Insane asylums in Bengal annual reports 1867-1875 - 1867-1875
Year: 1867
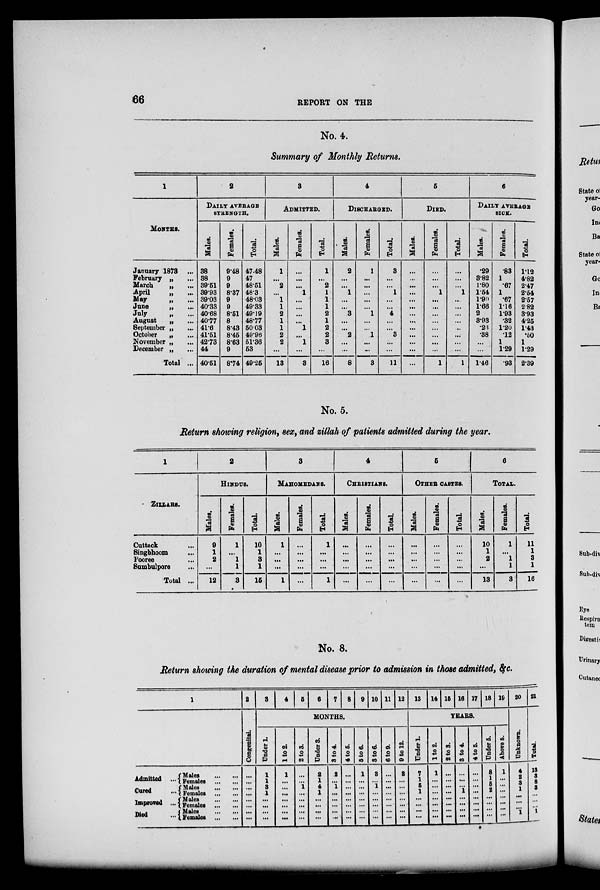
66
REPORT ON THE
No. 4.
Summary of Monthly Returns.
1
MONTHS.
January 1873 ...
February „ ...
March
„ ...
April
„ ...
May
„ ...
June
„ ...
July
„ ...
August
„ ...
September „ ...
October
„
...
November „ ...
December „
...
Total ...
2
DAILY AVERAGE
STRENGTH.
Males.
38
38
39.51
30.93
39.03
40.33
40.68
40.77
41.6
41.51
42.73
44
40.51
Females.
9.48
9
9
8.37
9
9
8.51
8
8.43
8.45
8.63
9
8.74
Total.
47.48
47
48.51
48.3
48.03
49.33
49.19
48.77
50.03
49.96
51.36
53
49.25
3
ADMITTED.
Males.
1
...
2
...
1
1
2
1
1
2
2
...
13
Females.
...
...
...
1
...
...
...
...
1
...
1
...
3
Total.
1
...
2
1
1
1
2
1
2
2
3
...
16
4
DISCHARGED.
Males.
2
...
...
1
...
...
3
...
...
2
...
...
8
Females.
1
...
...
...
...
...
1
...
...
1
...
...
3
Total.
3
...
...
1
...
...
4
...
...
3
...
...
11
5
DIED.
Males.
...
...
...
...
...
...
...
...
...
...
...
...
...
Females.
...
...
...
1
...
...
...
...
...
...
...
...
1
Total.
...
...
...
1
...
...
...
...
...
...
...
...
1
6
DAILY AVERAGE
SICK.
Males.
.29
3.82
1.80
1.54
1.90
1.66
2
3.93
.23
.38
...
...
1.46
Females.
.83
1
.67
1
.67
1.16
1.93
.32
1.20
.12
1
1.29
.93
Total.
1.12
4.82
2.47
2.54
2.57
2.82
3.93
4.25
1.43
.50
1
1.29
2.39
No. 5.
Return showing religion, sex, and zillah of patients admitted during the year.
1
ZILLAHS.
Cuttack ...
Singbhoom ...
Pooree ...
Sumbulpore
...
Total ...
2
HINDUS.
Males.
9
1
2
...
12
Females.
1
...
1
1
3
Total.
10
1
3
1
15
3
MAHOMEDANS.
Males.
1
...
...
...
1
Females.
...
...
...
...
...
Total.
1
...
...
...
1
4
CHRISTIANS.
Males.
...
...
...
...
...
Females.
...
...
...
...
...
Total.
....
...
...
...
...
5
OTHER CASTES.
Males.
...
...
...
...
...
Females.
...
...
...
...
...
Total
...
...
...
...
...
6
TOTAL.
Males.
10
1
2
...
13
Females.
1
...
1
1
3
Total.
11
1
3
1
16
No. 8.
Return showing the duration of mental disease prior to admission in those admitted, &c.
1
Admitted ...
Cured ...
Improved ...
Died ...
Males
...
...
Females ... ...
Males
...
...
Females ... ...
Males
...
...
Females ... ...
Males
...
...
Females ... ...
2
Congenital.
...
...
...
...
...
...
...
...
3
4
5
6
7 8 9 10 11 12
MONTHS.
Under 1.
1
1
3
1
...
...
...
...
1to2.
1
...
...
...
...
...
...
...
2 to 3.
...
...
1
...
...
...
...
...
Under 3.
2
1
4
1
...
...
...
...
3 to 4.
2
...
1
...
...
...
...
...
4 to 5.
...
...
...
...
...
...
...
...
5 to 6.
1
...
...
...
...
...
...
...
3 to 6.
3
...
1
...
...
...
...
...
6 to 9.
...
...
...
...
...
...
...
...
9 to 12.
2
...
...
...
...
...
...
...
13 14 15 16 17 18 19
YEARS.
Under 1.
7
1
5
1
...
...
...
...
1to2.
1
...
...
...
...
...
...
...
2 to 3.
...
...
...
...
...
...
...
...
3 to 4.
...
...
...
1
...
...
...
...
4 to 5.
...
...
...
...
...
...
...
...
Under 5.
8
1
5
2
...
...
...
...
Above 5.
1
...
...
...
...
...
...
...
20
Unknown.
4
2
3
1
...
...
...
1
21
Total.
13
3
8
3
...
...
...
1